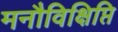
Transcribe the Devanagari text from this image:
मनौविक्षिप्ति